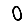
Digit: 0